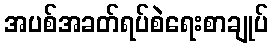
အပစ်အခတ်ရပ်စဲရေးစာချုပ်